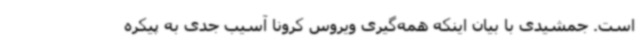
است. جمشیدی با بیان اینکه همه‌گیری ویروس کرونا آسیب جدی به پیکره